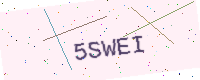
Text: 5SWEI